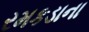
રમકડાના